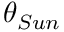
\theta _ { S u n }